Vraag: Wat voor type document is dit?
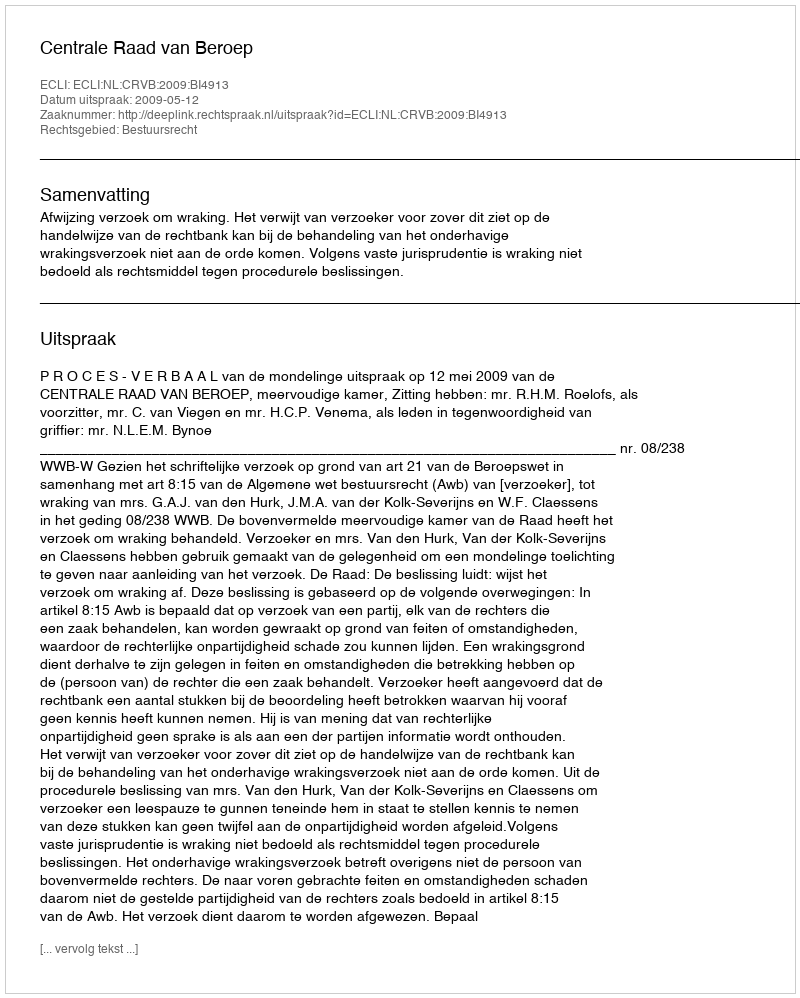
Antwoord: Uitspraak